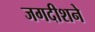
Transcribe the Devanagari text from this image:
जगदीशने